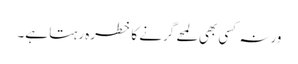
ورنہ کسی بھی لمحے گرنے کا خطرہ رہتا ہے۔